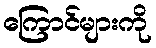
ကြောင်များကို